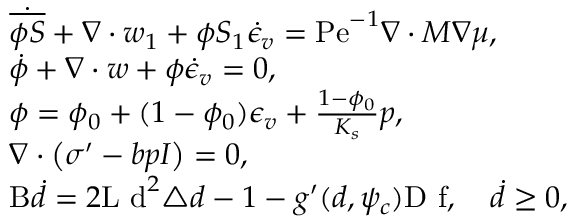
\begin{array} { r l } & { \dot { \overline { { \phi S } } } + \nabla \cdot \boldsymbol { w } _ { 1 } + \phi S _ { 1 } \dot { \epsilon } _ { v } = \mathrm { P e } ^ { - 1 } \nabla \cdot M \nabla \mu , } \\ & { \dot { \phi } + \nabla \cdot \boldsymbol { w } + \phi \dot { \epsilon } _ { v } = 0 , } \\ & { \phi = \phi _ { 0 } + ( 1 - \phi _ { 0 } ) \epsilon _ { v } + \frac { 1 - \phi _ { 0 } } { K _ { s } } p , } \\ & { \nabla \cdot \left( { \boldsymbol { \sigma } ^ { \prime } } - b p \boldsymbol { I } \right) = 0 , } \\ & { \mathrm { B } \dot { d } = 2 \mathrm { L \textsubscript ~ d } ^ { 2 } \triangle { d } - 1 - g ^ { \prime } ( d , \psi _ { c } ) \mathrm { D \textsubscript ~ f } , \quad \dot { d } \ge 0 , } \end{array}